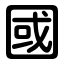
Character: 國